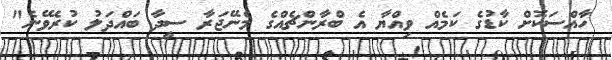
ހާއްސަކޮށް ކާޑުގެ ކަމެއް ވިއްޔާ އެ ބްރާންޗެއްގެ މެނޭޖަރާ ސީދާ ބައްދަލު ކުރެވޭނެ"